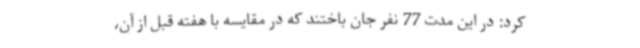
کرد: در این مدت 77 نفر جان باختند که در مقایسه با هفته قبل از آن،